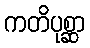
ကတိပုစ္ဆာ